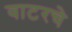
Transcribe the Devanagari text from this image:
वाटरचे